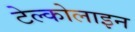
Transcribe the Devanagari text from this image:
टेल्कोलाइन